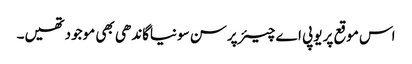
اس موقع پر یوپی اے چیئرپرسن سونیاگاندھی بھی موجودتھیں۔